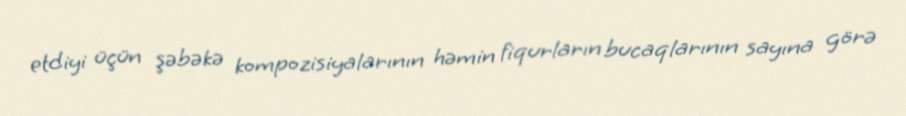
etdiyi üçün şəbəkə kompozisiyalarının həmin fiqurların bucaqlarının sayına görə